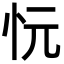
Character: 忨